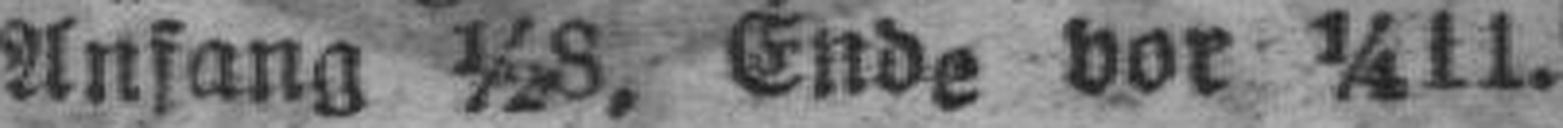
Anfang ½8, Ende vor ¼11.